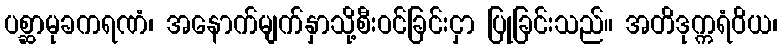
ပစ္ဆာမုခကရဏံ၊ အနောက်မျက်နှာသို့စီးဝင်ခြင်းငှာ ပြုခြင်းသည်။ အတိဒုက္ကရံဝိယ၊